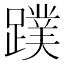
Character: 蹼